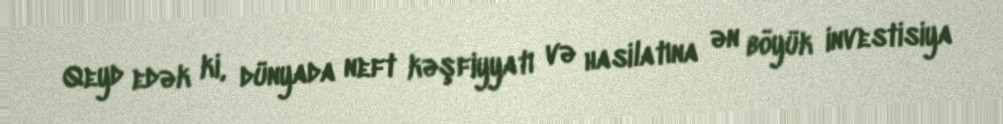
Qeyd edək ki, dünyada neft kəşfiyyatı və hasilatına ən böyük investisiya